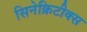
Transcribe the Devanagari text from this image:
सिनेक्रिटीक्स